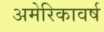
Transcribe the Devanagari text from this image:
अमेरिकावर्ष